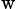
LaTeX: _\mathrm{w}